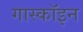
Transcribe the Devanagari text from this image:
गास्कॉइन